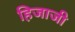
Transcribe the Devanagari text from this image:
हिजाजी